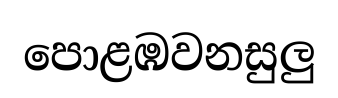
පොළඹවනසුලු